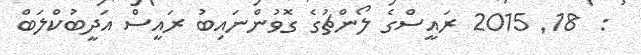
:  18